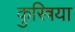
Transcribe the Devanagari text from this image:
कुस्त्रिया